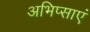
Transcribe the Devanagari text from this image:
अभिप्साएं